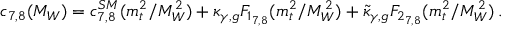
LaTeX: c _ { 7 , 8 } ( M _ { W } ) = c _ { 7 , 8 } ^ { S M } ( m _ { t } ^ { 2 } / M _ { W } ^ { 2 } ) + \kappa _ { \gamma , g } F _ { 1 _ { 7 , 8 } } ( m _ { t } ^ { 2 } / M _ { W } ^ { 2 } ) + \tilde { \kappa } _ { \gamma , g } F _ { 2 _ { 7 , 8 } } ( m _ { t } ^ { 2 } / M _ { W } ^ { 2 } ) \, .